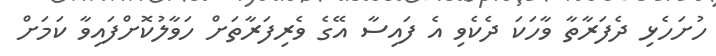
ހުށަހެޅި ދެފަރާތާ ވާހަކަ ދެކެވި އެ ފައިސާ އޭގެ ވެރިފަރާތަށް ހަވާލުކޮށްފައިވާ ކަމަށް